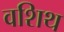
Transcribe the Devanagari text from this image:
वशिथ